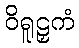
ဝိရူဠှကံ